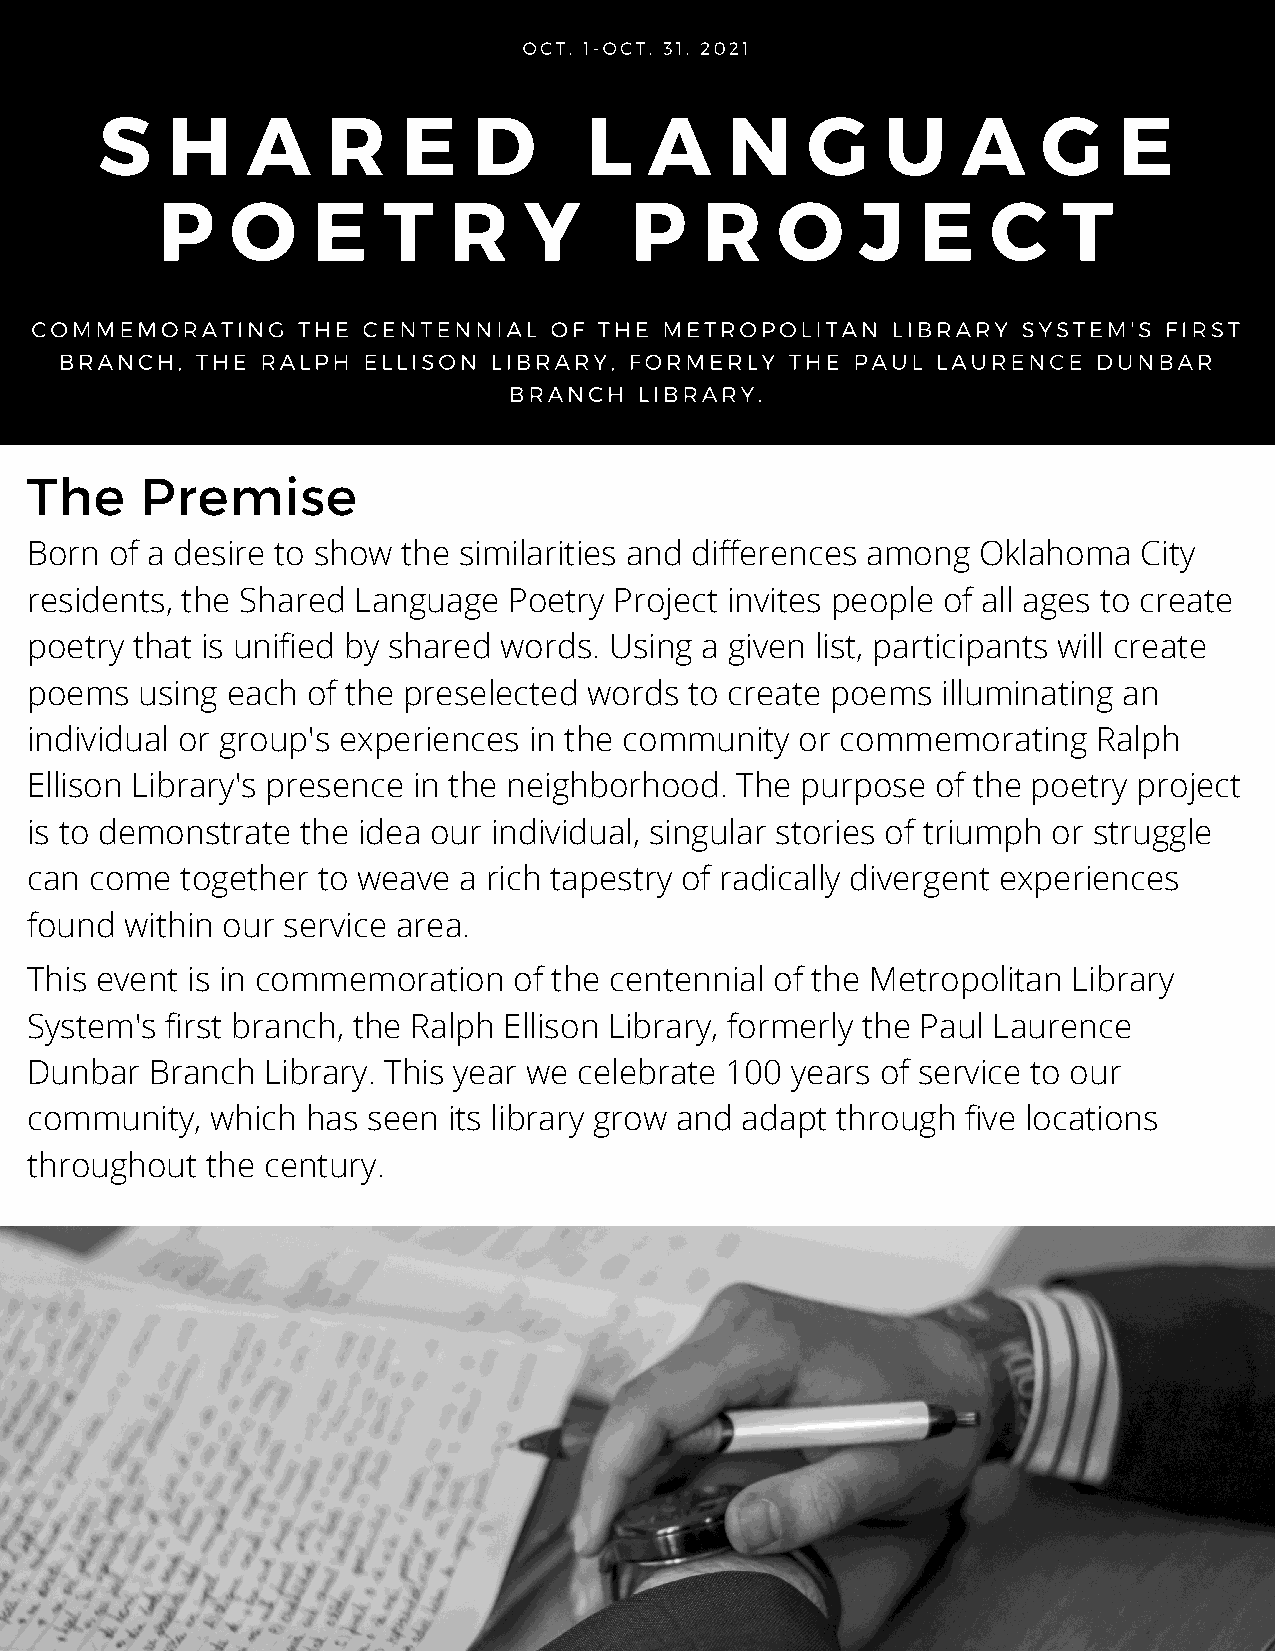
OCT. 1-OCT. 31, 2021
 S    H    A     R    E   D       L   A    N    G     U    A    G    E
 P    O     E   T    R    Y      P   R    O     J   E    C   T
 COMMEMORATING     THE CENTENNIAL  OF  THE METROPOLITAN   LIBRARY  SYSTEM'S FIRST
 BRANCH,  THE RALPH  ELLISON LIBRARY,  FORMERLY  THE PAUL  LAURENCE   DUNBAR
 BRANCH  LIBRARY.
 The    Premise
 Born of a desire to show the similarities and differences among Oklahoma  City
 residents, the Shared Language  Poetry Project invites people of all ages to create
 poetry that is unified by shared words. Using a given list, participants will create
 poems  using each of the preselected words  to create poems illuminating an
 individual or group's experiences in the community or commemorating    Ralph
 Ellison Library's presence in the neighborhood. The purpose of the poetry project
 is to demonstrate the idea our individual, singular stories of triumph or struggle
 can come  together to weave a rich tapestry of radically divergent experiences
 found within our service area.
 This event is in commemoration  of the centennial of the Metropolitan Library
 System's first branch, the Ralph Ellison Library, formerly the Paul Laurence
 Dunbar  Branch Library. This year we celebrate 100 years of service to our
 community,  which has seen  its library grow and adapt through five locations
 throughout  the century.
 This issue's
 stylish reads:
 LAYER  YOUR
 CLOTHES   LIKE
 A PRO-  3